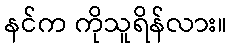
နင်က ကိုသူရိန်လား။